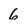
Character: 6